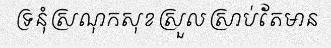
ទ្រនុំស្រណុកសុខស្រួលស្រាប់តែមាន